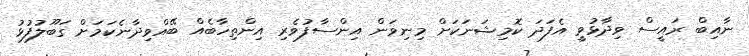
ނާއިބް ރައީސް ވިދާޅުވީ އެފަދަ ކޮމިޝަނަކަށް މިނިވަން އިންސާފުވެރި އިންތިހާބެއް ބޭއްވިދާނެކަމަށް ގަބޫލުފުޅު